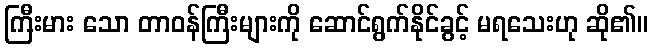
ကြီးမား သော တာဝန်ကြီးများကို ဆောင်ရွက်နိုင်ခွင့် မရသေးဟု ဆို၏။